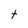
Character: t